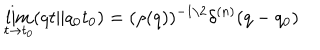
\lim _ { t \rightarrow t _ { 0 } } ( q t \Vert q _ { 0 } t _ { 0 } ) = ( \rho ( q ) ) ^ { - 1 / 2 } \delta ^ { ( n ) } ( q - q _ { 0 } )